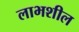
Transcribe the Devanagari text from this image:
लाभशील